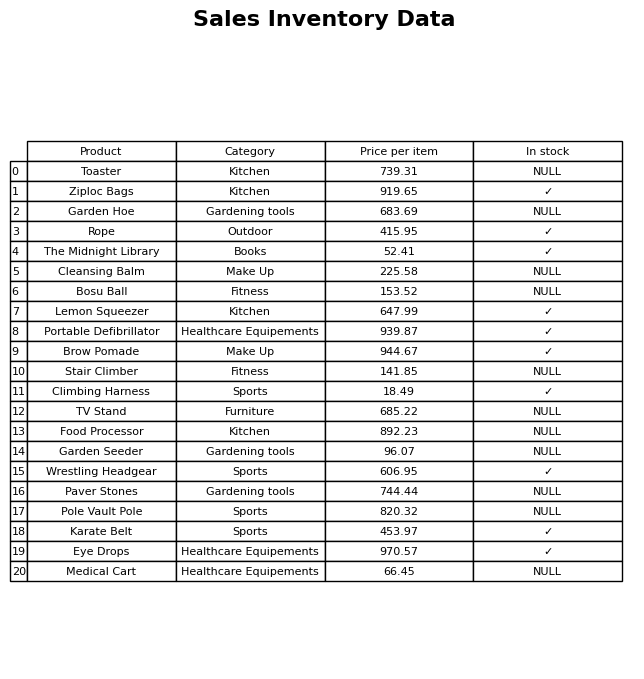
question: What is the price for Paver Stones?
answer: The price of Paver Stones is 744.44.